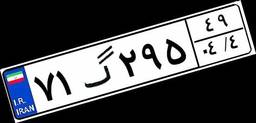
۷۱گ۲۹۵۴۹